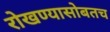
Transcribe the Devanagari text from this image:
रोखण्यासोबतच